Vaccination Hyderabad 1872-1889 - 1872-1889
Year: 1872
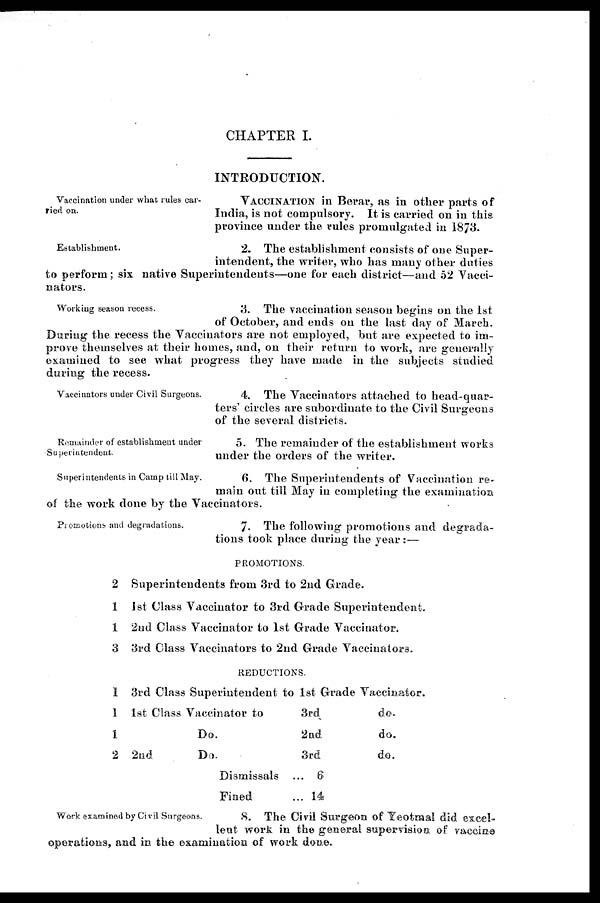
CHAPTER I.
INTRODUCTION.
Vaccination under what rules car-
ried on.
VACCINATION in Berar, as in other parts of
India, is not compulsory. It is carried on in this
province under the rules promulgated in 1873.
Establishment.
2. The establishment consists of one Super-
intendent, the writer, who has many other duties
to perform; six native Superintendents—one for each district—and 52 Vacci-
nators.
Working season recess.
3. The vaccination season begins on the 1st
of October, and ends on the last day of March.
During the recess the Vaccinators are not employed, but are expected to im-
prove themselves at their homes, and, on their return to work, are generally
examined to see what progress they have made in the subjects studied
during the recess.
Vaccinators under Civil Surgeons.
4. The Vaccinators attached to head-quar-
ters' circles are subordinate to the Civil Surgeons
of the several districts.
Remainder of establishment under
Superintendent.
5. The remainder of the establishment works
under the orders of the writer.
Superintendents in Camp till May.
6. The Superintendents of Vaccination re-
main out till May in completing the examination
of the work done by the Vaccinators.
Promotions and degradations.
7. The following promotions and degrada-
tions took place during the year:—
PROMOTIONS.
2 Superintendents from 3rd to 2nd Grade.
1 1st Class Vaccinator to 3rd Grade Superintendent.
1 2nd Class Vaccinator to 1st Grade Vaccinator.
3 3rd Class Vaccinators to 2nd Grade Vaccinators.
REDUCTIONS.
1 3rd Class Superintendent to 1st Grade Vaccinator.
1 1st Class Vaccinator to
3rd
do.
1
Do.
2nd
do.
2 2nd
Do.
3rd
do.
Dismissals ... 6
Fined
... 14
Work examined by Civil Surgeons.
8. The Civil Surgeon of Yeotmal did excel-
lent work in the general supervision of vaccine
operations, and in the examination of work done.